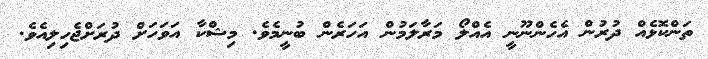
ތަންކޮޅެއް ދުރުން އެހެންނޫނީ އެއްލޯ މަރާލަމުން އަހަރެން ބުނީމެވެ. މިޝްކާ އަވަހަށް ދުރަށްޖެހިލިއެވެ.